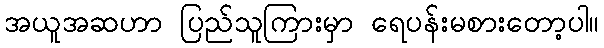
အယူအဆဟာ ပြည်သူကြားမှာ ရေပန်းမစားတော့ပါ။